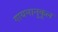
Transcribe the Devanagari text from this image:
गायनानुकूल